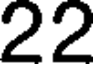
22